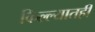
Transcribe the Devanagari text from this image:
किल्ल्यातही